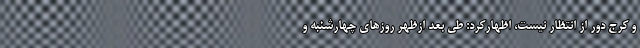
و کرج دور از انتظار نیست، اظهارکرد: طی بعد ازظهر روزهای چهارشنبه و